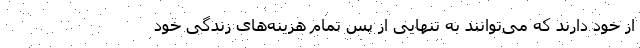
از خود دارند که می‌توانند به تنهایی از پس تمام هزینه‌های زندگی خود